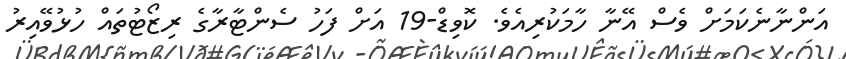
އަންނާނެކަމަށް ވެސް އޭނާ ހާމަކުރިއެވެ. ކޮވިޑް-19 އަށް ފަހު ސެންޓާރާގެ ރިޒޯޓުތައް ހުޅުވޭއިރު